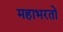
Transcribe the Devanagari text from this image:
महाभरतो